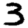
Digit: 3